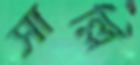
সাল্লি